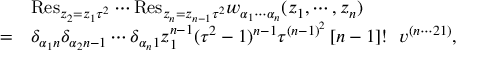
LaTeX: \begin{array} { c l } { { } } & { { \mathrm { R e s } _ { z _ { 2 } = z _ { 1 } \tau ^ { 2 } } \cdots \mathrm { R e s } _ { z _ { n } = z _ { n - 1 } \tau ^ { 2 } } w _ { \alpha _ { 1 } \cdots \alpha _ { n } } ( z _ { 1 } , \cdots , z _ { n } ) } } \\ { { = } } & { { \delta _ { \alpha _ { 1 } n } \delta _ { \alpha _ { 2 } n - 1 } \cdots \delta _ { \alpha _ { n } 1 } z _ { 1 } ^ { n - 1 } ( \tau ^ { 2 } - 1 ) ^ { n - 1 } \tau ^ { ( n - 1 ) ^ { 2 } } \left[ n - 1 \right] ! ~ ~ v ^ { ( n \cdots 2 1 ) } , } } \end{array}